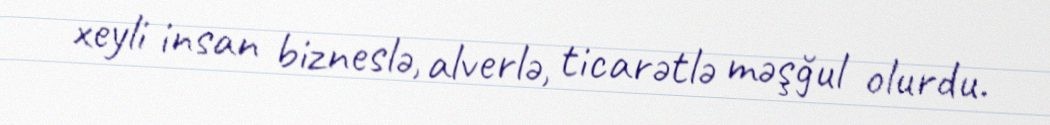
xeyli insan bizneslə, alverlə, ticarətlə məşğul olurdu.